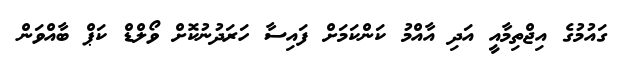
ގައުމުގެ އިޖްތިމާއީ އަދި އާއްމު ކަންކަމަށް ފައިސާ ހަރަދުނުކޮށް ވޯލްޑް ކަޕް ބާއްވަން